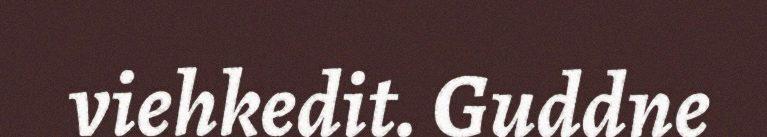
viehkedit. Guddne